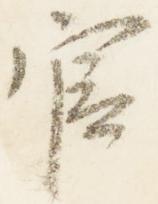
官